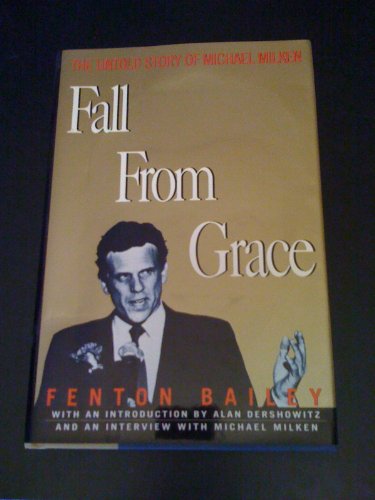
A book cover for Fall from Grace: The Untold Story of Michael Milken; Fenton Bailey; Business & Money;